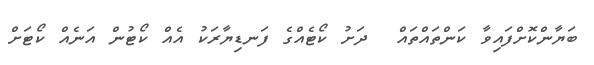
ބަޔާންކޮށްފައިވާ ކަންތައްތައް  ދަށު ކޯޓެއްގެ ފަނޑިޔާރަކު އެއް ކޯޓުން އަނެއް ކޯޓަށް